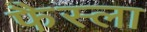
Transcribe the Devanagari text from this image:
फैस्ला